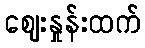
ဈေးနှုန်းထက်